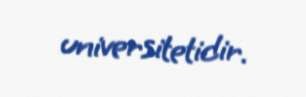
universitetidir.